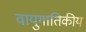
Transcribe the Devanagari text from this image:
वायुगातिकीय